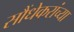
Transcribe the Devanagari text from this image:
सौंधेकरांच्या